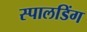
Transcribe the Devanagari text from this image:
स्पालडिंग